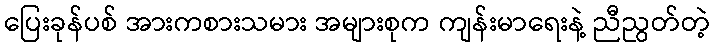
ပြေးခုန်ပစ် အားကစားသမား အများစုက ကျန်းမာရေးနဲ့ ညီညွတ်တဲ့